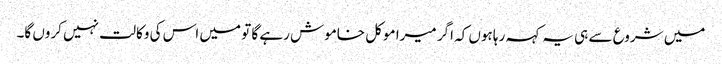
میں شروع سے ہی یہ کہہ رہا ہوں کہ اگر میرا موکل خاموش رہے گا تو میں اس کی وکالت نہیں کروں گا۔